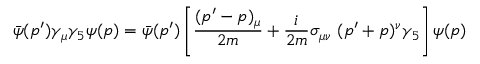
\bar { \psi } ( p ^ { \prime } ) \gamma _ { \mu } \gamma _ { 5 } \psi ( p ) = \bar { \psi } ( p ^ { \prime } ) \left[ { \frac { ( p ^ { \prime } - p ) _ { \mu } } { 2 m } } + { \frac { i } { 2 m } } \sigma _ { \mu \nu } ~ ( p ^ { \prime } + p ) ^ { \nu } \gamma _ { 5 } \right] \psi ( p )